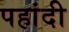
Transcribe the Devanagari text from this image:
पहांदी